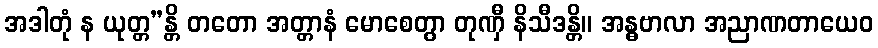
အဒါတုံ န ယုတ္တ”န္တိ တတော အတ္တာနံ မောစေတွာ တုဏှီ နိသီဒန္တိ။ အန္ဓဗာလာ အညာဏတာယေဝ